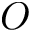
O